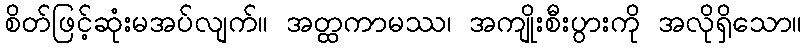
စိတ်ဖြင့်ဆုံးမအပ်လျက်။ အတ္ထကာမဿ၊ အကျိုးစီးပွားကို အလိုရှိသော။